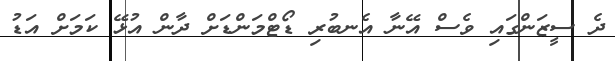
ދެ ސީޒަންގައި ވެސް އޭނާ އެނބުރި ޑޯޓްމަންޑަށް ދާން އުޅޭ ކަމަށް އަޑު